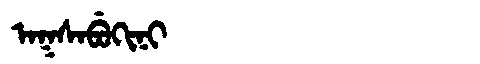
Manchu: ᠠᡴᠰᠠᠪᡠᡴᡳᠨᡳ
Romanization: AKSABUKINI